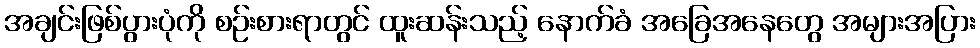
အချင်းဖြစ်ပွားပုံကို စဉ်းစားရာတွင် ထူးဆန်းသည့် နောက်ခံ အခြေအနေတွေ အများအပြား